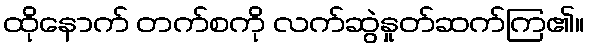
ထိုနောက် တက်စကို လက်ဆွဲနှုတ်ဆက်ကြ၏။